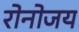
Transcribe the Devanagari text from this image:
रोनोजय